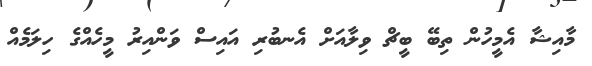
މާއިޝާ އެމީހުން ތިބޭ ބީޗް ވިލާއަށް އެނބުރި އައިސް ވަންއިރު މީހެއްގެ ހިލަމެއް